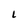
Character: L